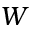
W